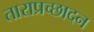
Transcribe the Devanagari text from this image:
ताराप्रच्छादन